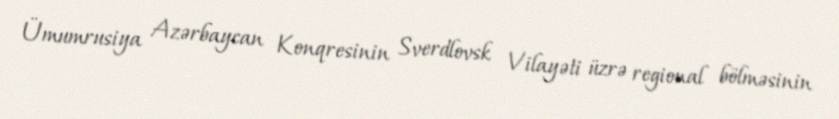
Ümumrusiya Azərbaycan Konqresinin Sverdlovsk Vilayəti üzrə regional bölməsinin